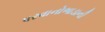
પરવાનોભાડાની